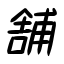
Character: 舗